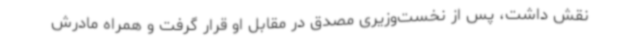
نقش داشت، پس از نخست‌وزیری مصدق در مقابل او قرار گرفت و همراه مادرش